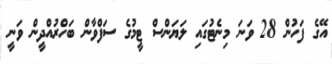
އޭގެ ފަހުން 28 ވަނަ މިނެޓުގައި ލަޔަންސް ޓީމުގެ ސަފްވާން ބަހްރުއްދީން ވަނީ